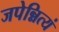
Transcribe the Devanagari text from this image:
जपेन्नित्यं